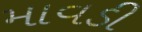
માવડી